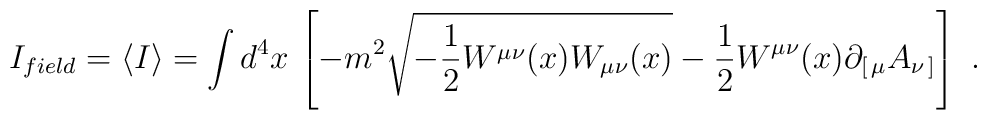
I_{field}=\langle I\rangle =\int d^4x\,\left[-m^2\sqrt{-{1\over 2}W^{\mu\nu}(x)W_{\mu\nu}(x)}-{1\over 2}W^{\mu\nu}(x)\partial_{[\,\mu}A_{\nu\,]}\right]\ .